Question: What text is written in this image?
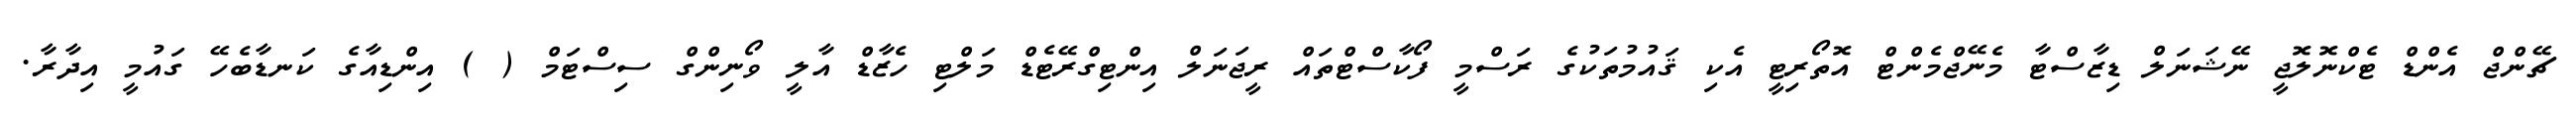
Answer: ޗޭންޖް އެންޑް ޓެކްނޮލޮޖީ ނޭޝަނަލް ޑިޒާސްޓާ މެނޭޖްމެންޓް އޮތޯރިޓީ އެކި ޤައުމުތަކުގެ ރަސްމީ ފޯކާސްޓްތައް ރީޖަނަލް އިންޓިގްރޭޓެޑް މަލްޓި ހެޒާޑް އާލީ ވޯނިންގް ސިސްޓަމް ( ) އިންޑިއާގެ ކަނޑާބެހޭ ގައުމީ އިދާރާ.